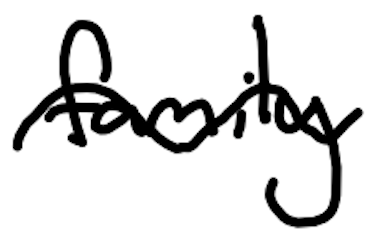
Text: family
Cross-out: wave
Writing tool: digital_black